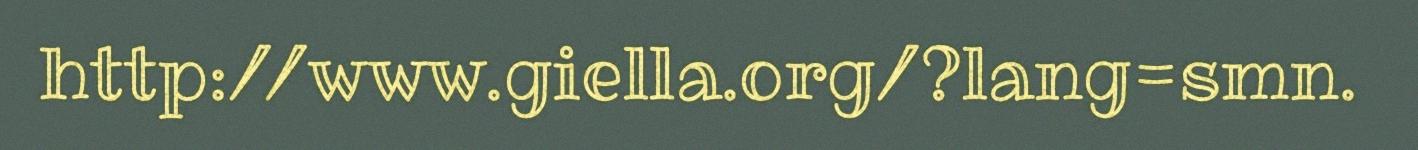
http://www.giella.org/?lang=smn.